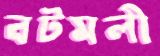
বটমলী